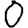
Digit: 0